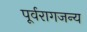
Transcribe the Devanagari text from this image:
पूर्वरागजन्य